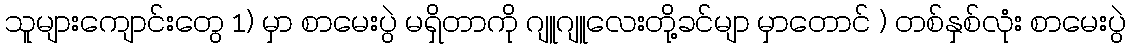
သူများကျောင်းတွေ 1) မှာ စာမေးပွဲ မရှိတာကို ဂျူဂျူလေးတို့ခင်မျာ မှာတောင် ) တစ်နှစ်လုံး စာမေးပွဲ